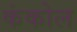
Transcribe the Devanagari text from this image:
कंकोल